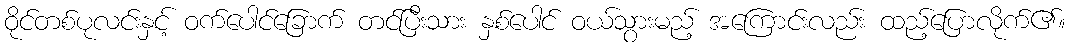
ဝိုင်တစ်ပုလင်းနှင့် ဝက်ပေါင်ခြောက် တင်ပြီးသား နှစ်ပေါင် ဝယ်သွားမည့် အကြောင်းလည်း ထည့်ပြောလိုက်၏။